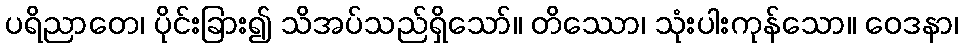
ပရိညာတေ၊ ပိုင်းခြား၍ သိအပ်သည်ရှိသော်။ တိဿော၊ သုံးပါးကုန်သော။ ဝေဒနာ၊